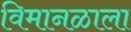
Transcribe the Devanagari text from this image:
विमानळाला